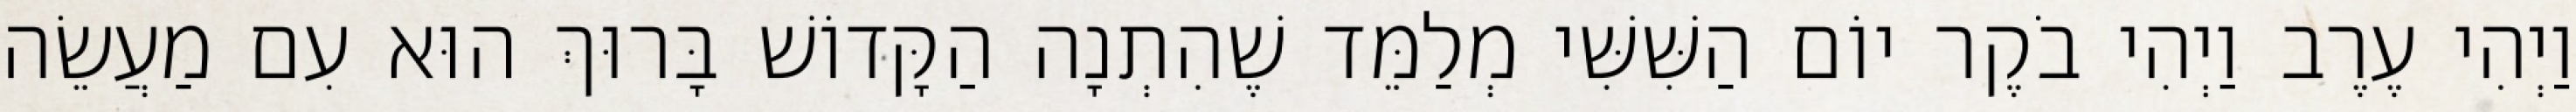
וַיְהִי עֶרֶב וַיְהִי בֹקֶר יוֹם הַשִּׁשִּׁי מְלַמֵּד שֶׁהִתְנָה הַקָּדוֹשׁ בָּרוּךְ הוּא עִם מַעֲשֵׂה